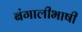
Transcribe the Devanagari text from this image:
बंगालीभाषी